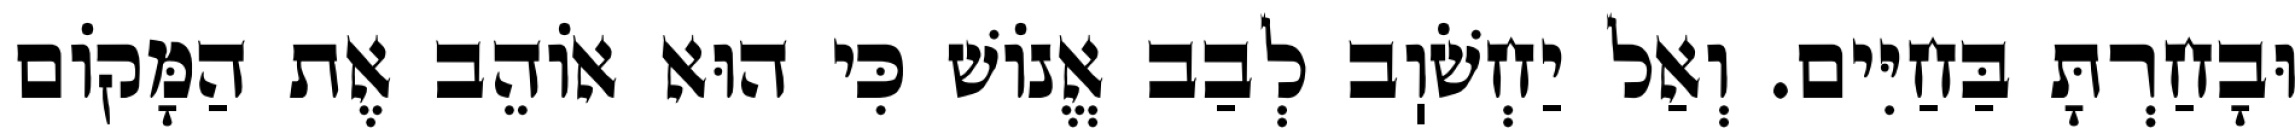
וּבָחַרְתָּ בַּחַיִּים. וְאַל יַחְשֹׁוֽב לְבַב אֱנוֹשׁ כִּי הוּא אוֹהֵב אֶת הַמָּקוֹם